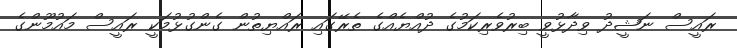
ރައީސް ނަޝީދު ވިދާޅުވީ ބިރުވެރިކަމުގެ ދުއްޔެއްގެ ތެރޭގައި ރައްޔިތުން ގެންގުޅުމަކީ ރައީސް މައުމޫންގެ